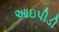
આઇપીડી